Indian Civil Veterinary Department memoirs
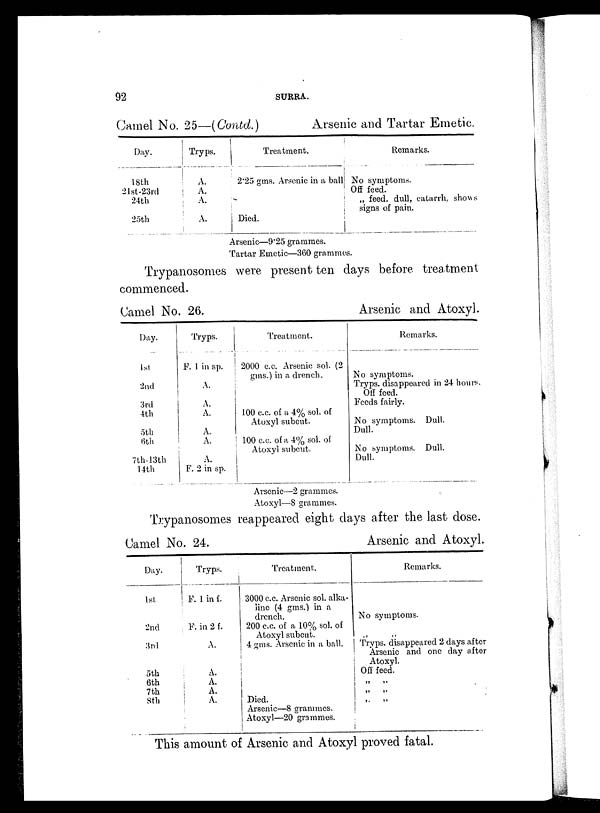
92
SURRA.
Camel No. 25—(Contd.)
Arsenic and Tartar Emetic.
Day.
18th
21st-23rd
24th
25th
Tryps.
A.
A.
A.
A.
Treatment.
2.25 gms. Arsenic in a ball
Died.
Remarks.
No symptoms.
Off feed.
„ feed, dull, catarrh, shows
signs of pain.
Arsenic—9.25 grammes.
Tartar Emetic—360 grammes.
Trypanosomes were present ten days before treatment
commenced.
Camel No. 26.
Day.
1st
2nd
3rd
4th
5th
6th
7th-13th
14th
Tryps.
F. 1 in sp.
A.
A.
A.
A.
A.
A.
F. 2 in sp.
Treatment.
2000 c.c. Arsenic sol. (2
gms.) in a drench.
100 c.c. of a 4% sol. of
Atoxyl subcut.
100 c.c. of a 4% sol. of
Atoxyl subcut.
Arsenic and Atoxyl.
Remarks.
No symptoms.
Tryps. disappeared in 24 hours.
Off feed.
Feeds fairly.
No symptoms. Dull.
Dull.
No symptoms. Dull.
Dull.
Arsenic—2 grammes.
Atoxyl—8 grammes.
Trypanosomes reappeared eight days after the last dose.
Camel No. 24.
Day.
1st
2nd
3rd
5th
6th
7th
8th
Tryps.
F. 1 in f.
F. in 2 f.
A.
A.
A.
A.
A.
Treatment.
3000 c.c. Arsenic sol. alka-
line (4 gms.) in a
drench.
200 c.c. of a 10% sol. of
Atoxyl subcut.
4 gms. Arsenic in a ball.
Died.
Arsenic—8 grammes.
Atoxyl—20 grammes.
Arsenic and Atoxyl.
Remarks.
No symptoms.
„ „
Tryps. disappeared 2 days after
Arsenic and one day after
Atoxyl.
Off feed.
„ „
„ „
This amount of Arsenic and Atoxyl proved fatal.